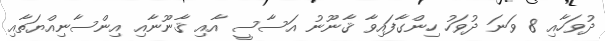
ދުވަހާއި 8 ވަނަ ދުވަހު ހިންގާފައިވާ ޤާނޫނު އަސާސީ އާއި ޤާނޫނާއި އިންސާނިއްޔަތާއި